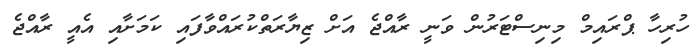
ހުރިހާ ޕްރައިމް މިނިސްޓަރުން ވަނީ ރާއްޖެ އަށް ޒިޔާރަތްކުރައްވާފައި ކަމަށާއި އެއީ ރާއްޖެ